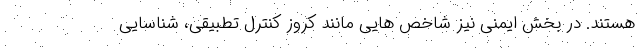
هستند. در بخش ایمنی نیز شاخص هایی مانند کروز کنترل تطبیقی، شناسایی